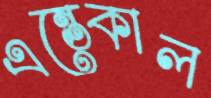
এন্তেকাল